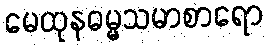
မေထုနဓမ္မသမာစာရော